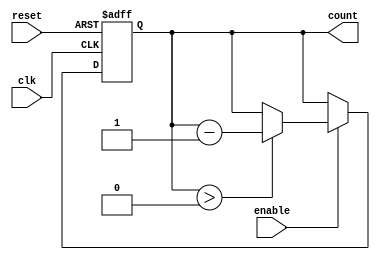
module down_counter (
    input wire clk,          // Clock signal
    input wire reset,        // Asynchronous reset signal
    input wire enable,       // Enable signal
    output reg [N-1:0] count // Current value of the counter
);
    parameter N = 4; // Set the bit-width of the counter (e.g., 4 bits for count 0-15)

    // Maximum value that the counter can hold
    localparam MAX_COUNT = (1 << N) - 1; // 2^N - 1

    // Asynchronous reset and synchronous counting
    always @(posedge clk or posedge reset) begin
        if (reset) begin
            count <= MAX_COUNT; // Reset to maximum value
        end else if (enable) begin
            if (count > 0) begin
                count <= count - 1; // Decrement the count
            end
            // Optionally add wrap-around behavior here if desired
        end
    end
endmodule